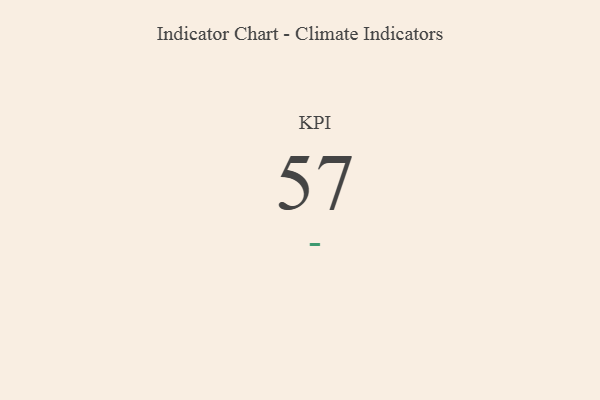
{"axis": {"x": "KPI", "y": "Value"}, "legend": [""], "data": [{"x": "KPI", "y": 57, "type": ""}]}